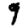
Digit: 9